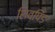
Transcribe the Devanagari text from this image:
शिवपिंड